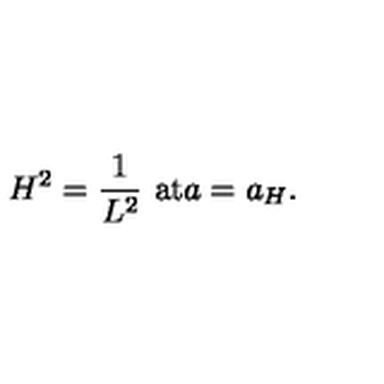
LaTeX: H ^ { 2 } = { \frac { 1 } { L ^ { 2 } } } \ \mathrm { a t } a = a _ { H } .